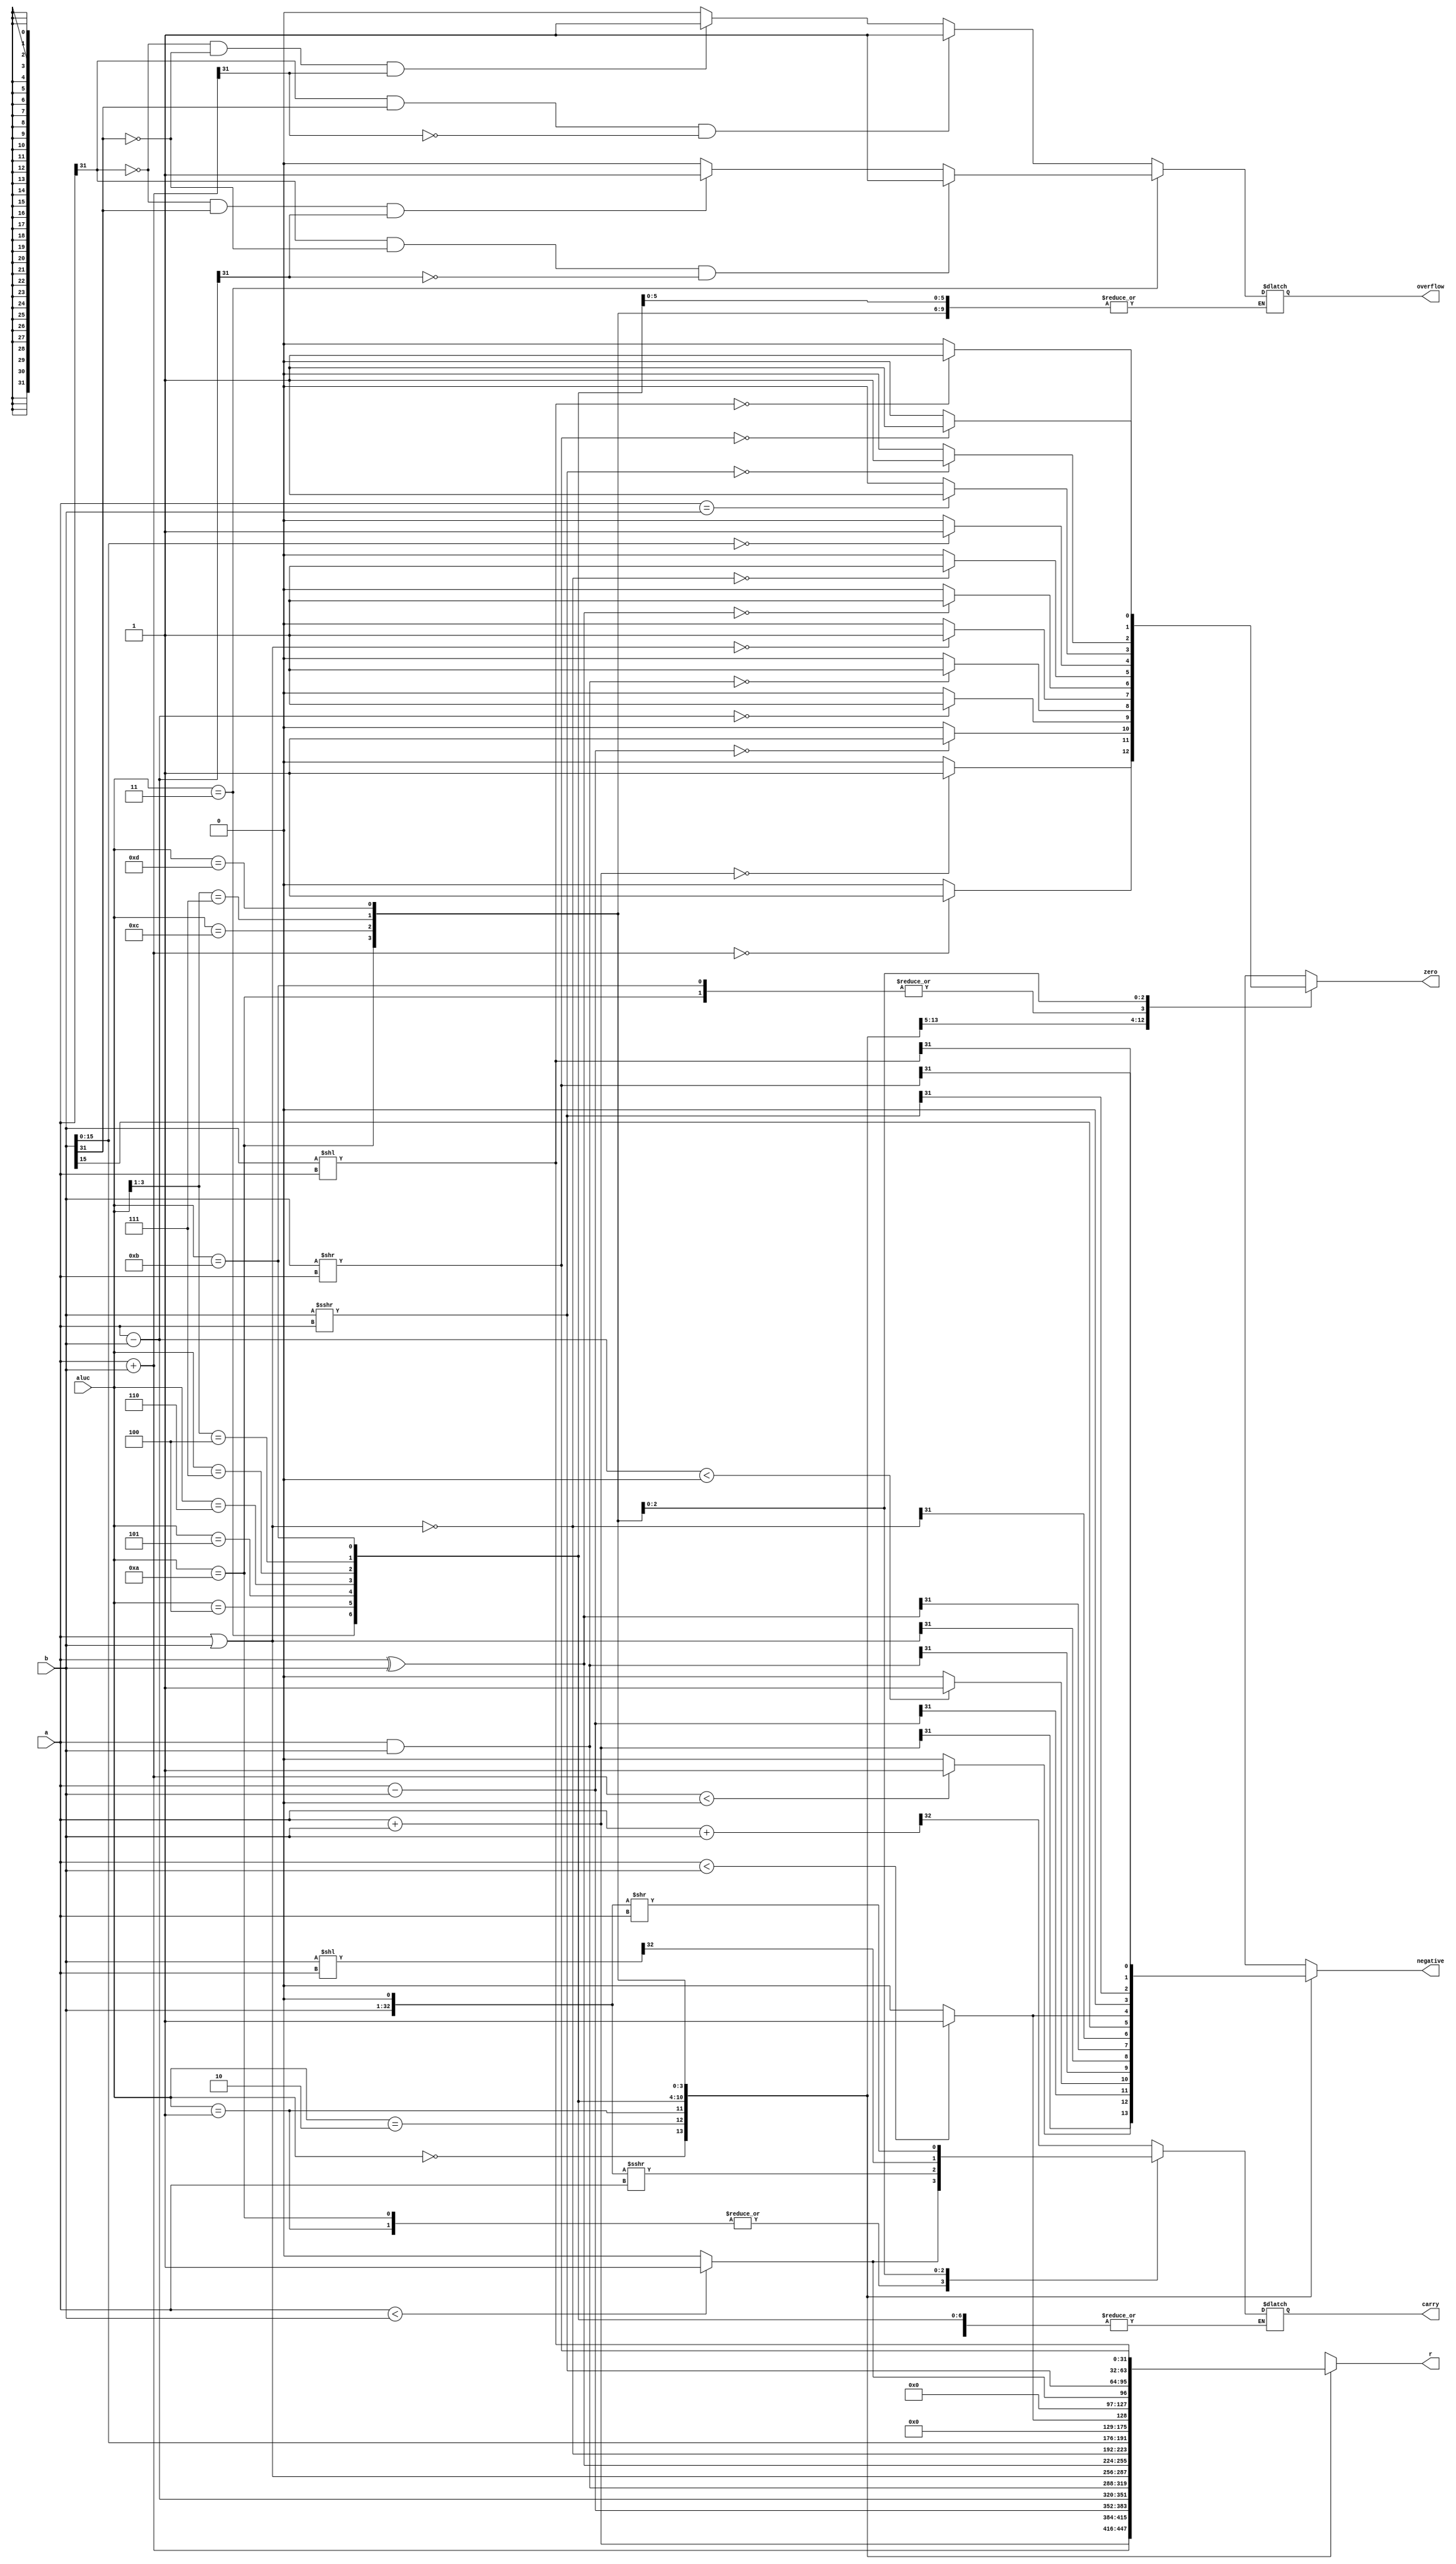
`timescale 1ns / 1ps
//////////////////////////////////////////////////////////////////////////////////
// Company: 
// Engineer: 
// 
// Design Name: 
// Module Name: alu
// Project Name: 
// Target Devices: 
// Tool Versions: 
// Description: 
// 
// Dependencies: 
// 
// Revision:
// Revision 0.01 - File Created
// Additional Comments:
// 
//////////////////////////////////////////////////////////////////////////////////


module alu(
    input [31:0] a,		//ALUa
    input [31:0] b,		//ALUb
    input [3:0] aluc,	//ALU
    output reg [31:0] r,//ALU
    output reg zero,	//zero
    output reg carry,	//carry
    output reg negative,//negative
    output reg overflow	//overflow
    );
    /*
		parameter ALU_ADD	= 4'b0010;
		parameter ALU_ADDU	= 4'b0000;
		parameter ALU_SUB	= 4'b0011;
		parameter ALU_SUBU	= 4'b0001;
		parameter ALU_AND	= 4'b0100;
		parameter ALU_OR	= 4'b0101;
		parameter ALU_XOR	= 4'b0110;
		parameter ALU_NOR	= 4'b0111;
		parameter ALU_LUI	= 4'b1000;//4'b100x
		parameter ALU_SLT	= 4'b1011;
		parameter ALU_SLTU	= 4'b1010;
		parameter ALU_SRA	= 4'b1100;
		parameter ALU_SLL	= 4'b1110;//4'b111x
		parameter ALU_SRL	= 4'b1101;
	*/
    
    reg [32:0] temp;
    always@(*)
    begin
        casex(aluc)
            4'b0000:begin//ADDU
                r=a+b;
                zero= r==0 ? 1:0;
                temp={1'b0,a}+{1'b0,b};
                carry=temp[32];
                negative=r[31];
            end
            4'b0010:begin//ADD
                r=($signed(a))+($signed(b));//($signed(r))
                zero= r==0 ? 1:0;
                negative= ($signed(r))<0 ? 1:0;//
                if(a[31]==1&&b[31]==1&&r[31]==0)
                    overflow=1;
                else if(a[31]==0&&b[31]==0&&r[31]==1)
                    overflow=1;
                else 
                    overflow=0;
            end
            4'b0001:begin//SUBU
                r=a-b;
                zero= r==0 ? 1:0;
                carry= a<b ? 1:0;
                negative=r[31];
            end
            4'b0011:begin//SUB
                r=($signed(a))-($signed(b));
                zero= r==0 ? 1:0;
                negative= ($signed(r))<0 ? 1:0;
                if(a[31]==1&&b[31]==0&&r[31]==0)
                    overflow=1;
                else if(a[31]==0&&b[31]==1&&r[31]==1)
                    overflow=1;
                else
                    overflow=0;
            end
            4'b0100:begin//AND
                r=a&b;
                zero= r==0 ? 1:0;
                negative=r[31];
            end
            4'b0101:begin//OR
                r=a|b;
                zero= r==0 ? 1:0;
                negative=r[31];
            end
            4'b0110:begin//XOR
                r=a^b;
                zero= r==0 ? 1:0;
                negative=r[31];
            end
            4'b0111:begin//NOR
                r=~(a|b);
                zero= r==0 ? 1:0;
                negative=r[31];
            end
            4'b100x:begin
//                r={b[15:0],16'b0};
                r={b[15:0],16'b0};
                zero= r==0 ? 1:0;
                negative=r[31];
            end
            4'b1011:begin//SLT
                r=($signed(a))<($signed(b)) ? 1:0;
                zero= a==b ? 1:0;
                negative= r[0];//
            end
            4'b1010:begin//SLTU
                r=a<b ? 1:0;
                zero= a==b ? 1:0;
                carry= a<b ? 1:0;
                negative=r[31];
            end
            4'b1100:begin//SRA
                r=($signed(b))>>>a;
                zero= r==0 ? 1:0;
                temp=($signed({b,1'b0}))>>>a;
                carry=temp[0];
                negative=r[31];
            end
            4'b111x:begin//SLL
                r=b<<a;
                zero= r==0 ? 1:0;
                temp={1'b0,b}<<a;
                carry=temp[32];
                negative=r[31];
            end
            4'b1101:begin//SRL
                r=b>>a;
                zero= r==0 ? 1:0;
                temp={b,1'b0}>>a;
                carry=temp[0];
                negative=r[31];
            end
            default;
        endcase
    end
endmodule